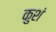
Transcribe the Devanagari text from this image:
कुशं